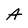
Character: A